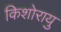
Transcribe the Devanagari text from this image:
किशोरायु